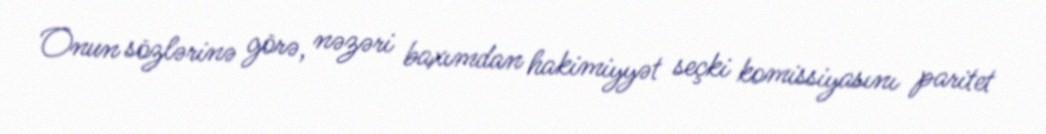
Onun sözlərinə görə, nəzəri baxımdan hakimiyyət seçki komissiyasını paritet